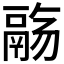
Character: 𱆌